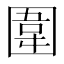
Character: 圍